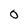
Character: o